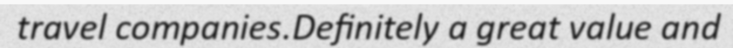
travel companies.Definitely a great value and